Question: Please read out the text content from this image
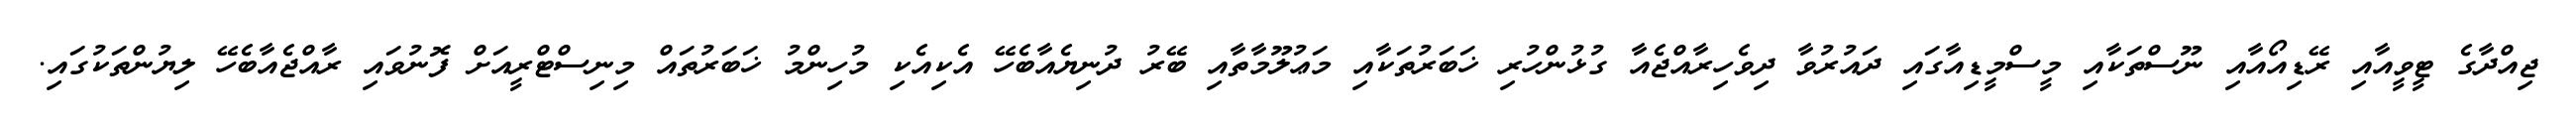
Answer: ޖިއްދާގެ ޓީވީއާއި ރޭޑިއޯއާއި ނޫސްތަކާއި މީސްމީޑިއާގައި ދައުރުވާ ދިވެހިރާއްޖެއާ ގުޅުންހުރި ޚަބަރުތަކާއި މަޢުލޫމާތާއި ބޭރު ދުނިޔެއާބެހޭ އެކިއެކި މުހިންމު ޚަބަރުތައް މިނިސްޓްރީއަށް ފޮނުވައި ރާއްޖެއާބެހޭ ލިޔުންތަކުގައި.